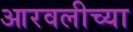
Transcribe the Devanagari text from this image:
आरवलीच्या